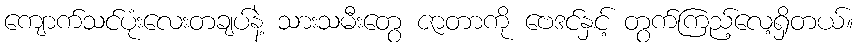
ကျောက်သင်ပုံးလေးတချပ်နဲ့ သားသမီးတွေ ဇာတာကို ဗေဒင်နှင့် တွက်ကြည့်လေ့ရှိတယ်။